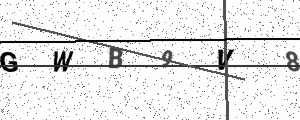
Text: GWB9V8